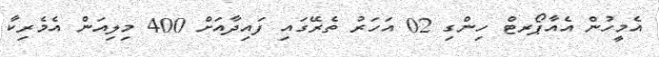
އެމީހުން އެއާޕޯރޓް ހިންގި 02 އަހަރު ތެރޭގައި ފައިދާއަށް 400 މިލިއަން އެމެރިކާ